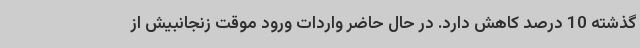
گذشته 10 درصد کاهش دارد. در حال حاضر واردات ورود موقت زنجانبیش از